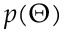
p ( \Theta )